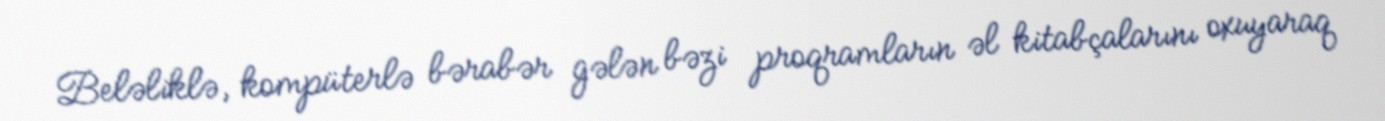
Beləliklə, kompüterlə bərabər gələn bəzi proqramların əl kitabçalarını oxuyaraq